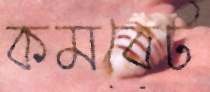
কমবেট